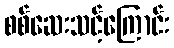
စစ်ဆေးသင့်ကြောင်း